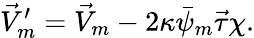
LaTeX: \vec{V}_{m}^{\prime}=\vec{V}_{m}-2\kappa\bar{\psi}_{m}\vec{\tau}\chi.